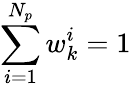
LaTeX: \sum_{i=1}^{N_{p}}w_{k}^{i}=1